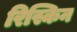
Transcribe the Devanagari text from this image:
रिस्किन